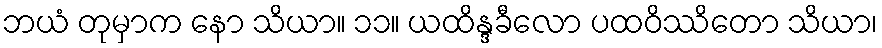
ဘယံ တုမှာက နော သိယာ။ ၁၁။ ယထိန္ဒခီလော ပထဝိဿိတော သိယာ၊